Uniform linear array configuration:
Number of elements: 16
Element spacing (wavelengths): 0.25
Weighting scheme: cosine
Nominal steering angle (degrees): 45
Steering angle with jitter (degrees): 46.596
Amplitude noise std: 0.05
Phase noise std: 0.05

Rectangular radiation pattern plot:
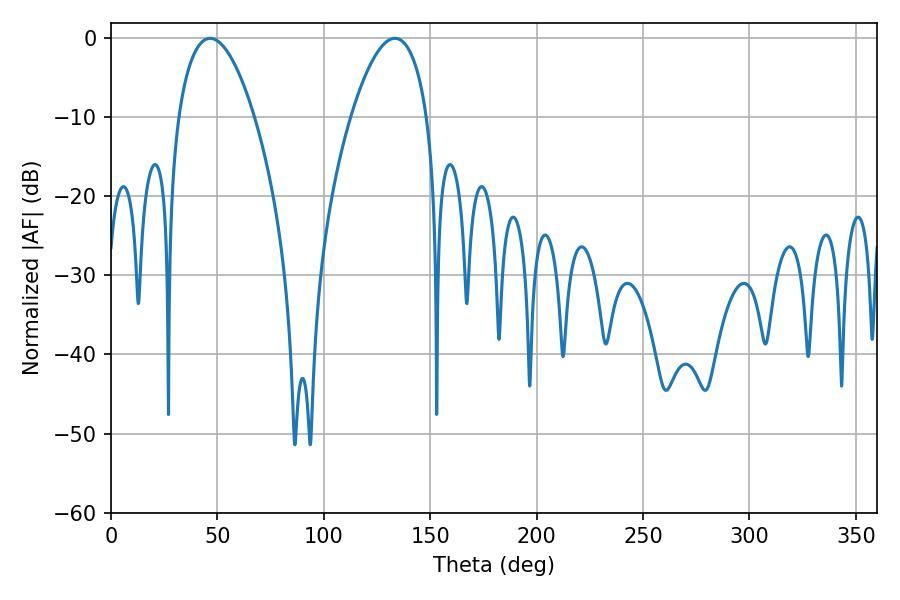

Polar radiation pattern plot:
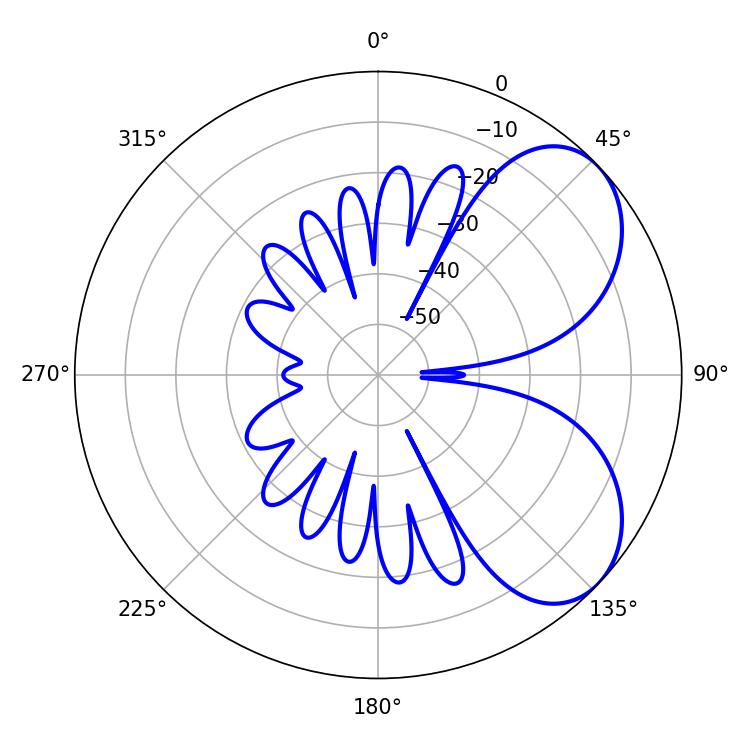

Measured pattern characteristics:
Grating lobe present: FALSE
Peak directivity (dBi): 5.645
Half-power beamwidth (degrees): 19.8
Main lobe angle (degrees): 46.62